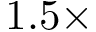
1 . 5 \times